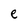
Character: e